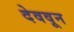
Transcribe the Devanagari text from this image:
देववून